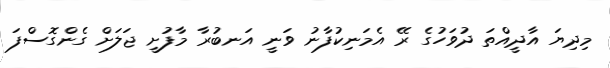
މިދިޔަ އާދީއްތަ ދުވަހުގެ ރޭ އެމަނިކުފާނު ވަނީ އަނބުރާ މާފުށީ ޖަލަށް ގެންގޮސްފަ